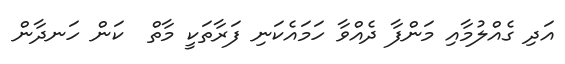
އަދި ގެއްލުމާއި މަންފާ ދެއްވާ ހަމައެކަނި ފަރާތަކީ މާތް  ކަން ހަނދާން